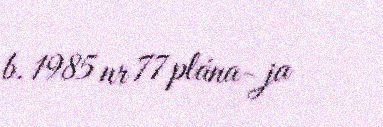
b. 1985 nr 77 plána- ja